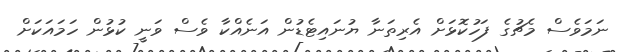
ނަމަވެސް މެޗުގެ ފަހުކޮޅަށް އެރިތަނާ ޔުނައިޓެޑުން އަނެއްކާ ވެސް ވަނީ ކުޅުން ހަމައަކަށް